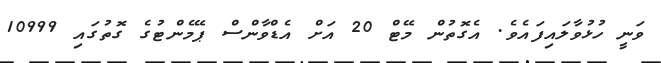
ވަނީ ހުޅުވާލައިފައެވެ. އެގޮތުން މޭޓް 20 އަށް އެޑްވާންސް ޕޭމެންޓުގެ ގޮތުގައި 10999